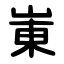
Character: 崬